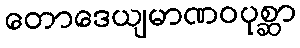
တောဒေယျမာဏဝပုစ္ဆာ